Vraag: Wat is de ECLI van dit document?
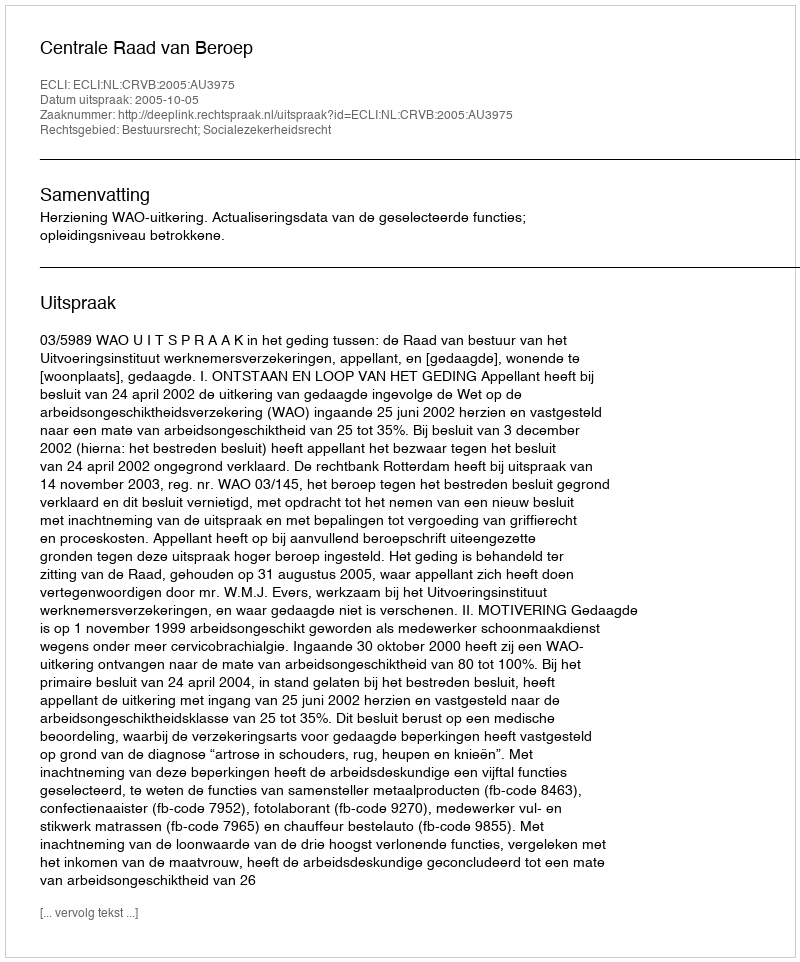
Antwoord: ECLI:NL:CRVB:2005:AU3975